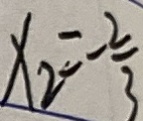
x _ { 2 } = - \frac { 2 } { 3 }